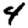
Digit: 4